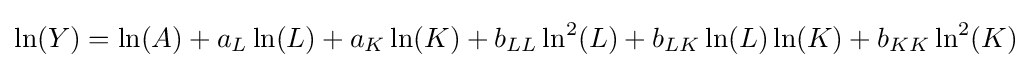
\ln(Y)=\ln(A)+a_{L}\ln(L)+a_{K}\ln(K)+b_{LL}\ln ^{2}(L)+b_{LK}\ln(L)\ln(K)+b_{KK}\ln ^{2}(K)